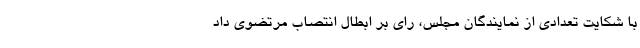
با شکایت تعدادی از نمایندگان مجلس، رای بر ابطال انتصاب مرتضوی داد